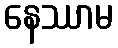
နေဿာမ